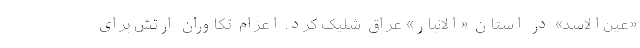
«عین‌الاسد» در استان «الانبار» عراق شلیک کرد. اعزام تکاوران ارتش برای